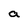
Character: a